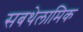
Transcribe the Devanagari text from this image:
सबथेलामिक